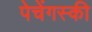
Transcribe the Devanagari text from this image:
पेचेंगस्की